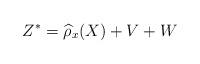
LaTeX: \begin{align*} Z^* = \widehat{\rho}_x(X) + V + W \end{align*}